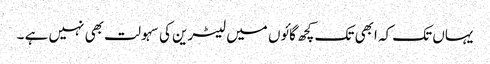
یہاں تک کہ ابھی تک کچھ گائوں میں لیٹرین کی سہولت بھی نہیں ہے ۔